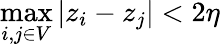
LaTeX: \operatorname*{max}_{i,j\in V}|z_{i}-z_{j}|<2\eta